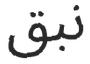
نبق